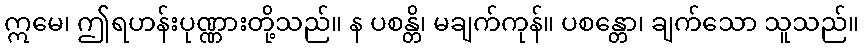
ဣမေ၊ ဤရဟန်းပုဏ္ဏားတို့သည်။ န ပစန္တိ၊ မချက်ကုန်။ ပစန္တော၊ ချက်သော သူသည်။